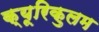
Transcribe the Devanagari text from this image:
क्यूरिकुलम